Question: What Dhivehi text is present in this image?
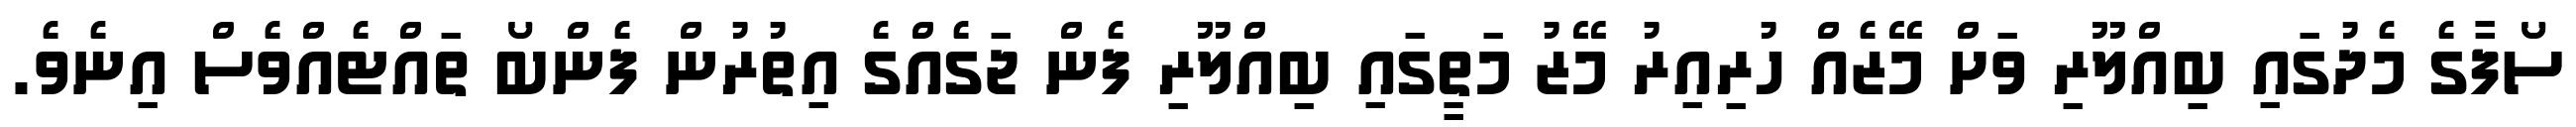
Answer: ސޯފާގެ މެދުގައި ބިއްލޫރި ވަށް މޭޒެއް ހުރިއިރު މޭޒު މަތީގައި ބިއްލޫރި ފެން ޖަގެއްގެ އިތުރުން ފެންބޯ ތައްޓެއްވެސް އިނެވެ.